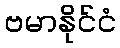
ဗမာနိုင်ငံ